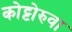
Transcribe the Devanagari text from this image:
कोट्टोरुवा